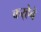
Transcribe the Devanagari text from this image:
कर्‍हेचे